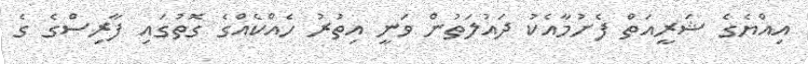
އިއްޔެގެ ޝަރީއަތް ފެށުމާއެކު ދައުލަތުން ވަނީ އިތުރު ހެއްކެއްގެ ގޮތުގައި ފާރިސްގެ ގެ